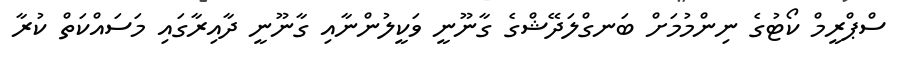
ސްޕްރީމް ކޯޓުގެ ނިންމުމަށް ބަނގްލަދޭޝްގެ ގާނޫނީ ވަކީލުންނާއި ގާނޫނީ ދާއިރާގައި މަސައްކަތް ކުރާ